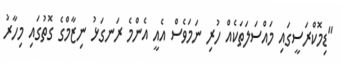
"ޑިމޮކްރަސީގައި މައްސަލަތަކެއް ހުރި ނަމަވެސް އެއީ އެންމެ ރަނގަޅު ނިޒާމްގެ ގޮތުގައި މިހާރު